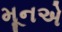
મૂનએ